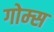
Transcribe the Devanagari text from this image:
गोम्‍स